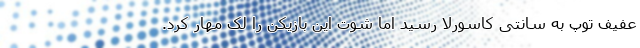
عفیف توپ به سانتی کاسورلا رسید اما شوت این بازیکن را لک مهار کرد.